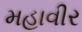
મહાવીર